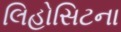
લિહોસિટના